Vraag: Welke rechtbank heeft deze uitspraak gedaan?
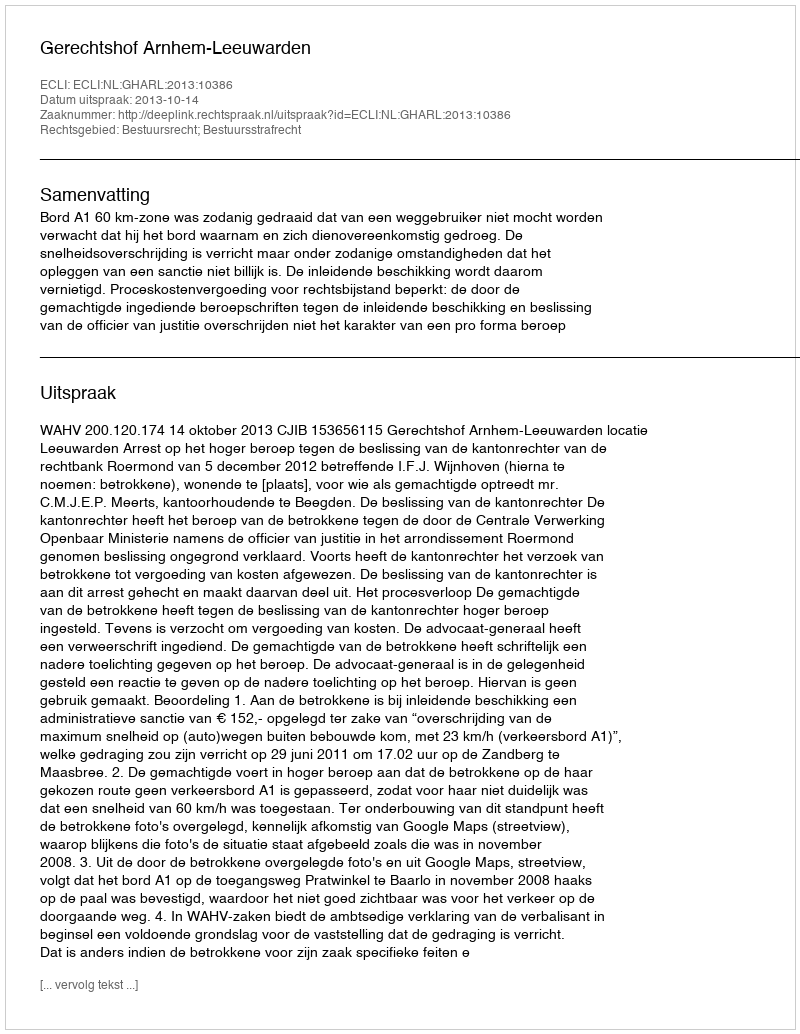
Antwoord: Gerechtshof Arnhem-Leeuwarden